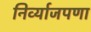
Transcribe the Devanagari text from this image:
निर्व्याजपणा